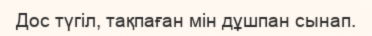
Дос түгіл, тақпаған мін дұшпан сынап.